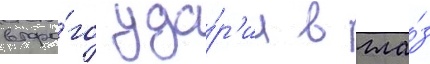
второ́го уда́р'ил в гла́з